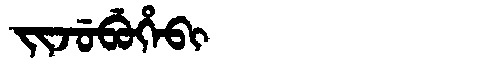
Manchu: ᠵᡳᠵᡠᠪᡠᡥᡝᠪᡳ
Romanization: JIJUBUHEBI